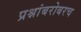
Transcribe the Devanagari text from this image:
प्रश्नांबरोबरच